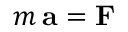
\displaystyle m \, \mathbf { a } = \mathbf { F }